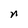
Character: n